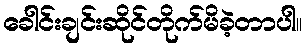
ခေါင်းချင်းဆိုင်တိုက်မိခဲ့တာပါ။